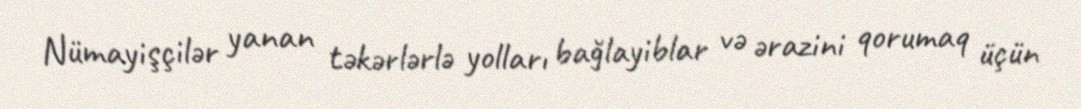
Nümayişçilər yanan təkərlərlə yolları bağlayiblar və ərazini qorumaq üçün